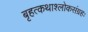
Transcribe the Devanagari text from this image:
बृहत्कथाश्लोकसंग्रहः